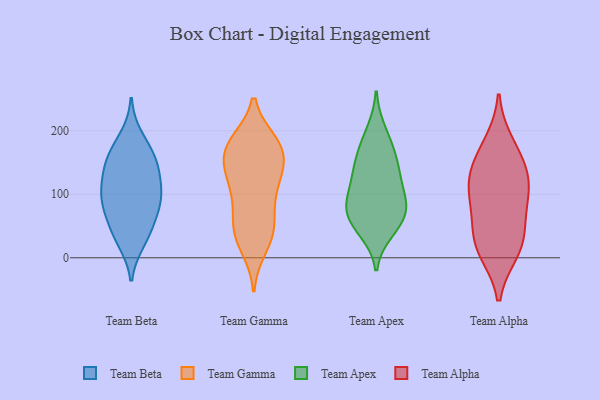
{"axis": {"x": "Inventory Turnover", "y": "Value"}, "legend": ["Team Alpha", "Team Apex", "Team Beta", "Team Gamma"], "data": [{"x": "", "y": 130, "type": "Team Beta"}, {"x": "", "y": 113, "type": "Team Beta"}, {"x": "", "y": 34, "type": "Team Beta"}, {"x": "", "y": 160, "type": "Team Beta"}, {"x": "", "y": 135, "type": "Team Beta"}, {"x": "", "y": 101, "type": "Team Beta"}, {"x": "", "y": 190, "type": "Team Beta"}, {"x": "", "y": 44, "type": "Team Beta"}, {"x": "", "y": 161, "type": "Team Beta"}, {"x": "", "y": 69, "type": "Team Beta"}, {"x": "", "y": 89, "type": "Team Beta"}, {"x": "", "y": 81, "type": "Team Beta"}, {"x": "", "y": 26, "type": "Team Beta"}, {"x": "", "y": 157, "type": "Team Beta"}, {"x": "", "y": 92, "type": "Team Beta"}, {"x": "", "y": 22, "type": "Team Gamma"}, {"x": "", "y": 181, "type": "Team Gamma"}, {"x": "", "y": 53, "type": "Team Gamma"}, {"x": "", "y": 54, "type": "Team Gamma"}, {"x": "", "y": 97, "type": "Team Gamma"}, {"x": "", "y": 183, "type": "Team Gamma"}, {"x": "", "y": 121, "type": "Team Gamma"}, {"x": "", "y": 15, "type": "Team Gamma"}, {"x": "", "y": 178, "type": "Team Gamma"}, {"x": "", "y": 42, "type": "Team Gamma"}, {"x": "", "y": 123, "type": "Team Gamma"}, {"x": "", "y": 143, "type": "Team Gamma"}, {"x": "", "y": 148, "type": "Team Gamma"}, {"x": "", "y": 115, "type": "Team Gamma"}, {"x": "", "y": 152, "type": "Team Gamma"}, {"x": "", "y": 176, "type": "Team Gamma"}, {"x": "", "y": 83, "type": "Team Gamma"}, {"x": "", "y": 160, "type": "Team Gamma"}, {"x": "", "y": 182, "type": "Team Gamma"}, {"x": "", "y": 44, "type": "Team Gamma"}, {"x": "", "y": 52, "type": "Team Apex"}, {"x": "", "y": 42, "type": "Team Apex"}, {"x": "", "y": 95, "type": "Team Apex"}, {"x": "", "y": 96, "type": "Team Apex"}, {"x": "", "y": 164, "type": "Team Apex"}, {"x": "", "y": 70, "type": "Team Apex"}, {"x": "", "y": 130, "type": "Team Apex"}, {"x": "", "y": 87, "type": "Team Apex"}, {"x": "", "y": 58, "type": "Team Apex"}, {"x": "", "y": 176, "type": "Team Apex"}, {"x": "", "y": 136, "type": "Team Apex"}, {"x": "", "y": 200, "type": "Team Apex"}, {"x": "", "y": 139, "type": "Team Apex"}, {"x": "", "y": 76, "type": "Team Apex"}, {"x": "", "y": 109, "type": "Team Alpha"}, {"x": "", "y": 13, "type": "Team Alpha"}, {"x": "", "y": 157, "type": "Team Alpha"}, {"x": "", "y": 180, "type": "Team Alpha"}, {"x": "", "y": 141, "type": "Team Alpha"}, {"x": "", "y": 48, "type": "Team Alpha"}, {"x": "", "y": 109, "type": "Team Alpha"}, {"x": "", "y": 28, "type": "Team Alpha"}, {"x": "", "y": 113, "type": "Team Alpha"}, {"x": "", "y": 75, "type": "Team Alpha"}, {"x": "", "y": 10, "type": "Team Alpha"}]}